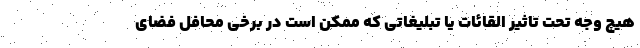
هیچ وجه تحت تاثیر القائات یا تبلیغاتی که ممکن است در برخی محافل فضای